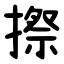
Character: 摖